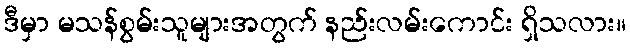
ဒီမှာ မသန်စွမ်းသူများအတွက် နည်းလမ်းကောင်း ရှိသလား။